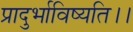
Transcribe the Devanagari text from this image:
प्रादुर्भाविष्यति।।